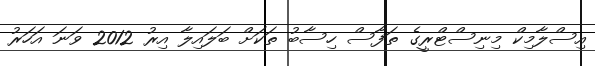
އިސްލާމިކް މިނިސްޓްރީގެ ތަފާސް ހިސާބު ތަކަށް ބަލައިލާ އިރު 2012 ވަނަ އަހަރު